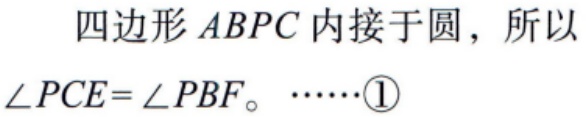
四边形 \(ABPC\) 内接于圆，所以\(\angle PCE = \angle PBF\)。\(\cdots\cdots\textcircled{1}\)